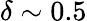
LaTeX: \delta\sim 0.5